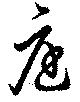
庭